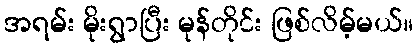
အရမ်း မိုးရွာပြီး မုန်တိုင်း ဖြစ်လိမ့်မယ်။